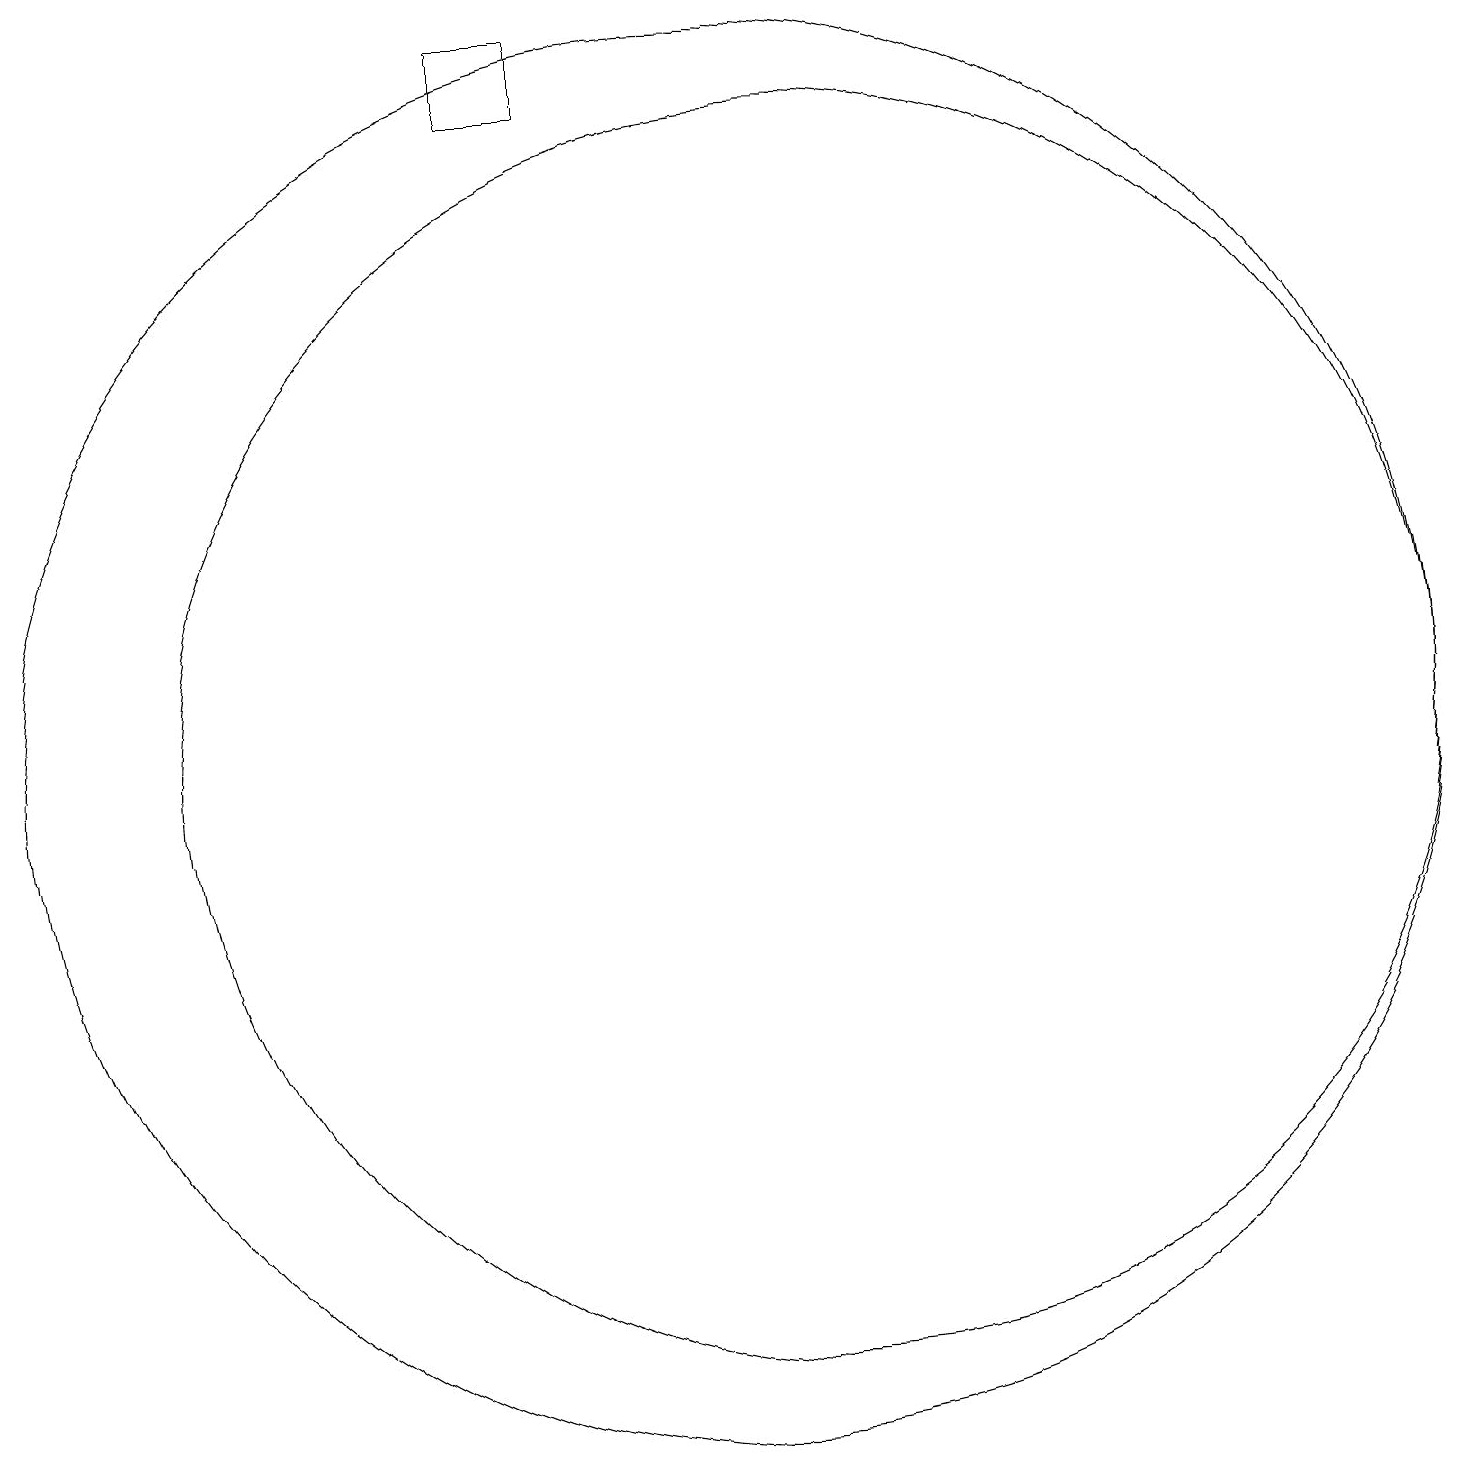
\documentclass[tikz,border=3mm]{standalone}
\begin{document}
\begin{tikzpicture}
\draw (8,19) rectangle (7,18);
\draw (10,10) circle (9);
\draw (11,10) circle (8);
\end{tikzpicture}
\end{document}